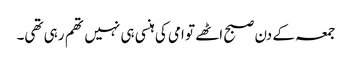
جمعہ کے دن صبح اٹھے تو امی کی ہنسی ہی نہیں تھم رہی تھی۔